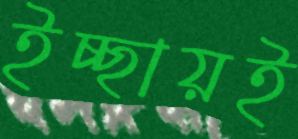
ইচ্ছায়ই